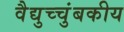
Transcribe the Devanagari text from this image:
वैद्युच्चुंबकीय